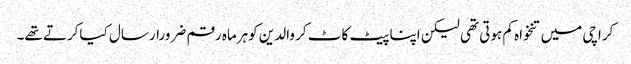
کراچی میں تنخواہ کم ہوتی تھی لیکن اپنا پیٹ کاٹ کر والدین کوہرماہ رقم ضرورارسال کیاکرتے تھے۔